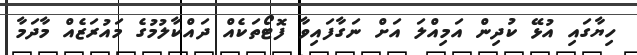
ހިޔާގައި އުޅޭ ކުދިން އަމިއްލަ އަށް ނަގާފައިވާ ފޮޓޯތަކެއް ދައްކާލުމުގެ މައުރަޒެއް މާދަމާ